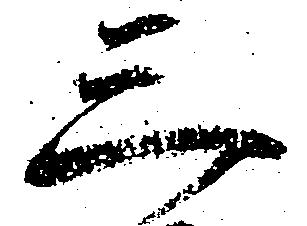
三